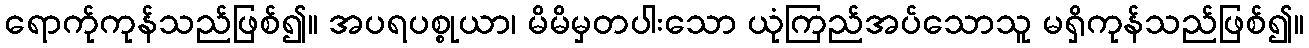
ရောက်ုကုန်သည်ဖြစ်၍။ အပရပစ္စုယာ၊ မိမိမှတပါးသော ယုံကြည်အပ်သောသူ မရှိကုန်သည်ဖြစ်၍။